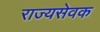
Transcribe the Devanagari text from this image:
राज्यसेवक